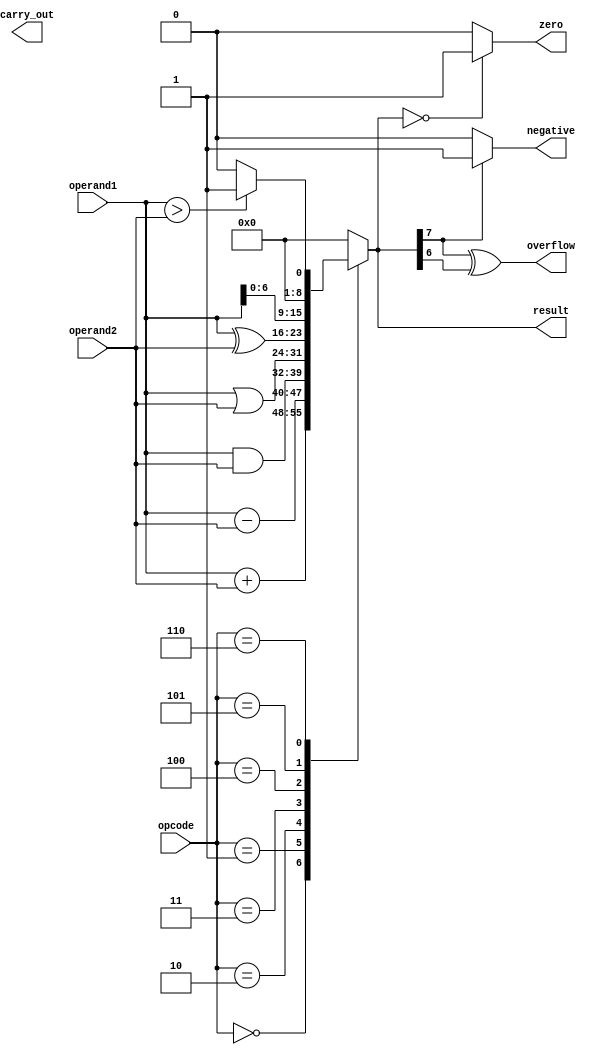
module ALU(input [7:0] operand1, input [7:0] operand2, input [2:0] opcode, output reg [7:0] result,
            output reg carry_out, output reg overflow, output reg zero, output reg negative);

    always @(*)
    begin
        case(opcode)
            3'b000: result = operand1 + operand2; // Addition
            3'b001: result = operand1 - operand2; // Subtraction
            3'b010: result = operand1 & operand2; // AND
            3'b011: result = operand1 | operand2; // OR
            3'b100: result = operand1 ^ operand2; // XOR
            3'b101: result = operand1 << 1; // Shift left
            3'b110: if(operand1 > operand2) result = 1; // Comparison
                    else result = 0;
            default: result = 8'b00000000; // Default case
        endcase
    end

    // Set flags based on the result
    always @(*)
    begin
        carry_out = result[8];
        overflow = result[7] ^ result[6];
        
        if(result == 8'b00000000)
            zero = 1;
        else
            zero = 0;
        
        if(result[7] == 1)
            negative = 1;
        else
            negative = 0;
    end

endmodule